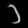
Digit: ၁